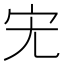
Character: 𮱞